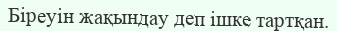
Біреуін жақындау деп ішке тартқан.